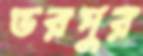
ভরপুর